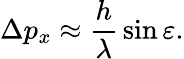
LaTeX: \Delta p_{x}\approx{\frac{h}{\lambda}}\sin\varepsilon.